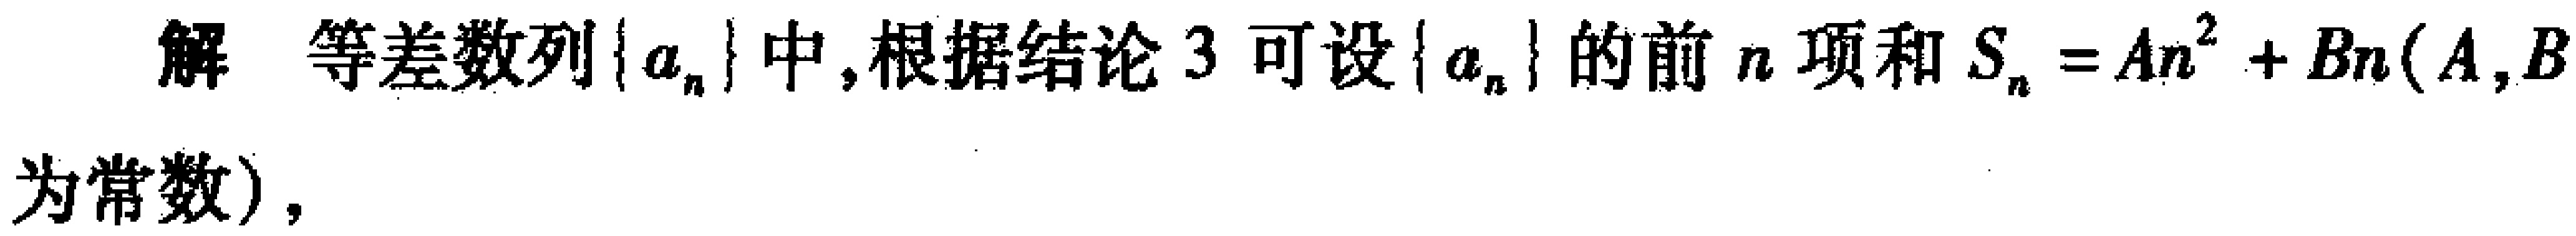
解 等差数列\(\{a_{n}\}\)中,根据结论\(3\)可设\(\{a_{n}\}\)的前\(n\)项和\(S_{n}=An^{2}+Bn(A,B\)
为常数),